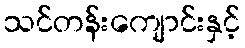
သင်တန်းကျောင်းနှင့်